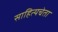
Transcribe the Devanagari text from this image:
साहित्यचेता